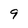
Character: 9